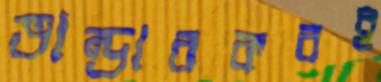
ভান্ডারকরই